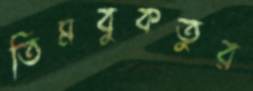
তিমবুকতুর